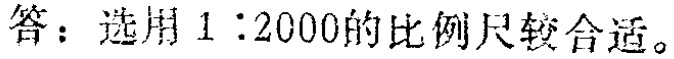
答：选用 \(1:2000\) 的比例尺较合适。